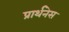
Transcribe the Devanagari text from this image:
प्रार्थनेस